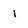
Character: I